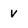
Character: v